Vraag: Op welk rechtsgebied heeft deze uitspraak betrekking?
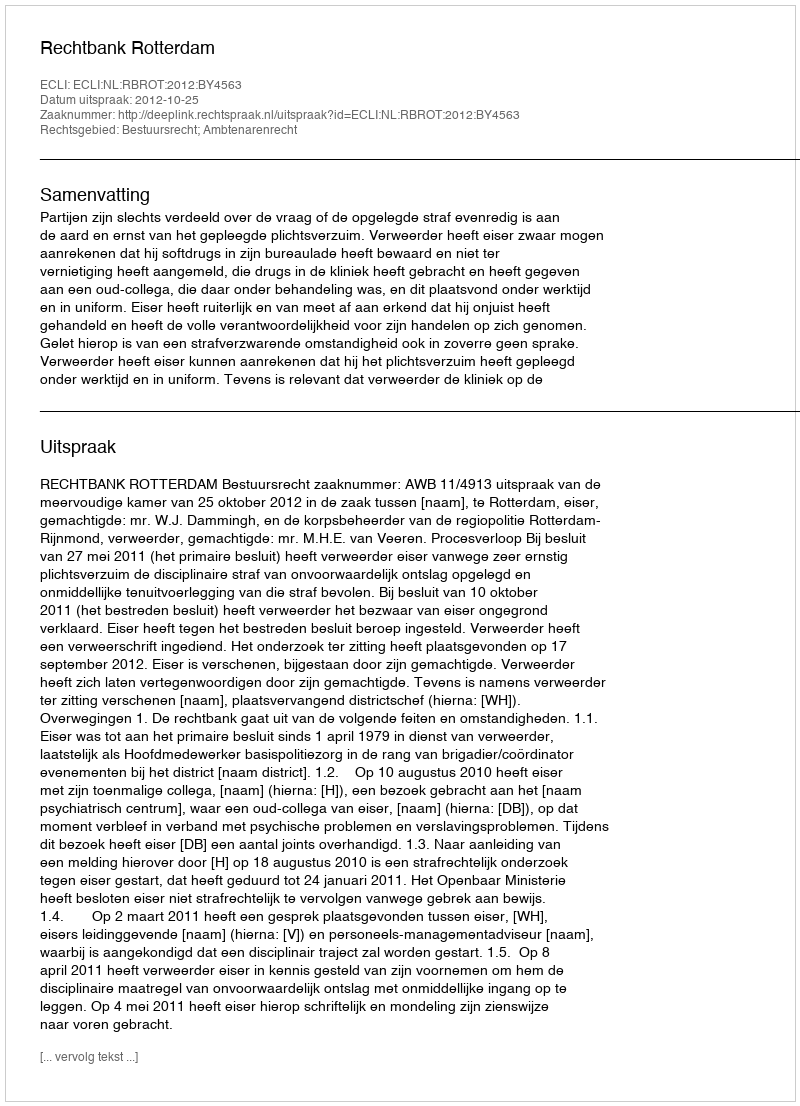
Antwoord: Bestuursrecht; Ambtenarenrecht